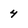
Character: 4